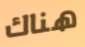
هناك